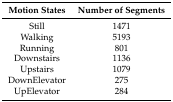
<table><thead><tr><td><b>Motion States</b></td><td><b>Number of Segments</b></td></tr></thead><tbody><tr><td>Still</td><td>1471</td></tr><tr><td>Walking</td><td>5193</td></tr><tr><td>Running</td><td>801</td></tr><tr><td>Downstairs</td><td>1136</td></tr><tr><td>Upstairs</td><td>1079</td></tr><tr><td>DownElevator</td><td>275</td></tr><tr><td>UpElevator</td><td>284</td></tr></tbody></table>